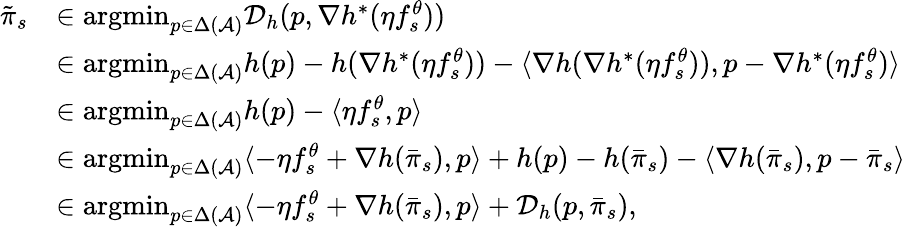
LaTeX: \begin{array}{rl}{\tilde{\pi}_{s}}&{\in\mathop{\mathrm{argmin}}_{p\in\Delta(\mathcal{A})}\mathcal{D}_{h}(p,\nabla h^{*}(\eta f_{s}^{\theta}))}\\ &{\in\mathop{\mathrm{argmin}}_{p\in\Delta(\mathcal{A})}h(p)-h(\nabla h^{*}(\eta f_{s}^{\theta}))-\langle\nabla h(\nabla h^{*}(\eta f_{s}^{\theta})),p-\nabla h^{*}(\eta f_{s}^{\theta})\rangle}\\ &{\in\mathop{\mathrm{argmin}}_{p\in\Delta(\mathcal{A})}h(p)-\langle\eta f_{s}^{\theta},p\rangle}\\ &{\in\mathop{\mathrm{argmin}}_{p\in\Delta(\mathcal{A})}\langle-\eta f_{s}^{\theta}+\nabla h(\bar{\pi}_{s}),p\rangle+h(p)-h(\bar{\pi}_{s})-\langle\nabla h(\bar{\pi}_{s}),p-\bar{\pi}_{s}\rangle}\\ &{\in\mathop{\mathrm{argmin}}_{p\in\Delta(\mathcal{A})}\langle-\eta f_{s}^{\theta}+\nabla h(\bar{\pi}_{s}),p\rangle+\mathcal{D}_{h}(p,\bar{\pi}_{s}),}\end{array}